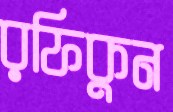
রফিকুন